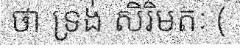
ថា ទ្រង់ សិរិមតៈ (